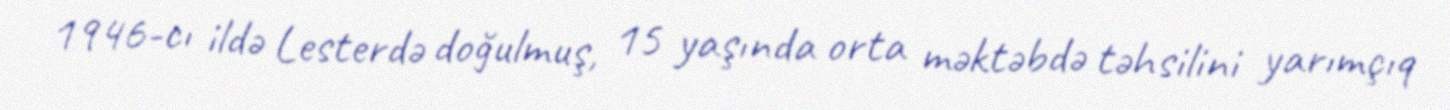
1946-cı ildə Lesterdə doğulmuş, 15 yaşında orta məktəbdə təhsilini yarımçıq